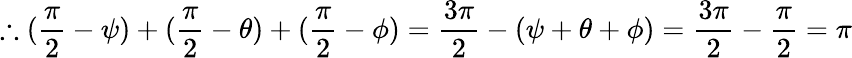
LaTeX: \therefore({\frac{\pi}{2}}-\psi)+({\frac{\pi}{2}}-\theta)+({\frac{\pi}{2}}-\phi)={\frac{3\pi}{2}}-(\psi+\theta+\phi)={\frac{3\pi}{2}}-{\frac{\pi}{2}}=\pi